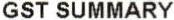
GST SUMMARY